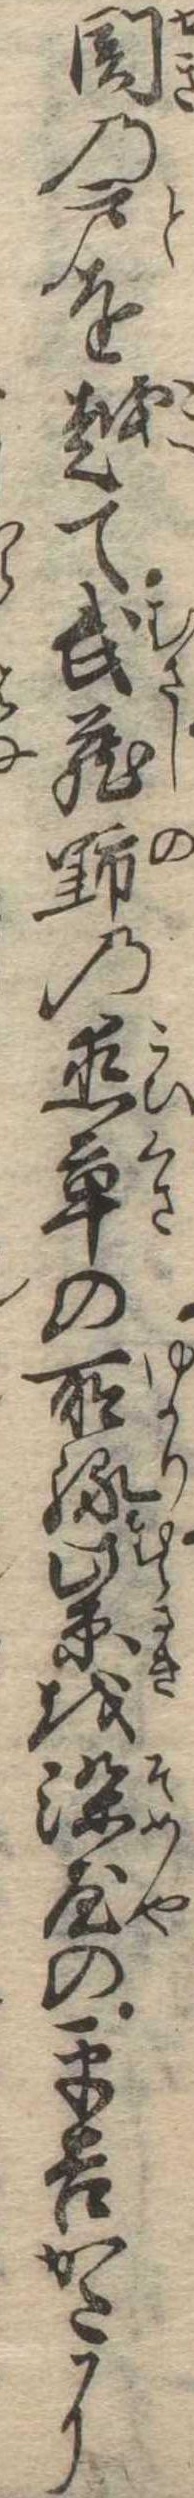
関の戸を越て武蔵野の恋草の所縁紫を染屋の平吉かたに